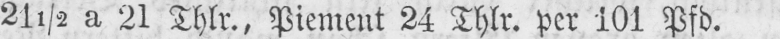
21½ a 21 Thlr., Piement 24 Thlr. per 101 Pfd.